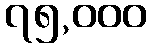
၇၅,၀၀၀